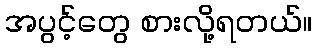
အပွင့်တွေ စားလို့ရတယ်။